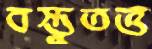
বস্তুতত্ত